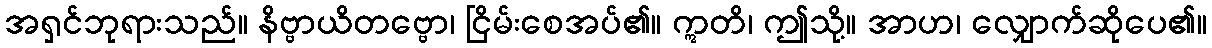
အရှင်ဘုရားသည်။ နိဗ္ဗာယိတဗ္ဗော၊ ငြိမ်းစေအပ်၏။ ဣတိ၊ ဤသို့။ အာဟ၊ လျှောက်ဆိုပေ၏။